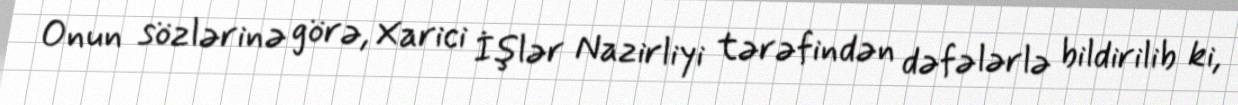
Onun sözlərinə görə, Xarici İşlər Nazirliyi tərəfindən dəfələrlə bildirilib ki,